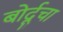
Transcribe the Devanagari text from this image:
बोर्दूचा